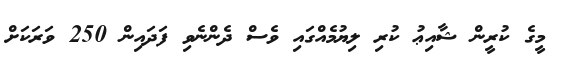
މީގެ ކުރީން ޝާއިޢު ކުރި ލިޔުމެއްގައި ވެސް ދެންނެވި ފަދައިން 250 ވަރަކަށް